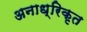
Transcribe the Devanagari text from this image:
अनाध्रिकृत